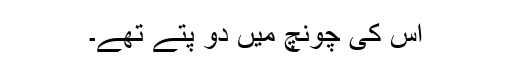
اس کی چونچ میں دو پتے تھے۔